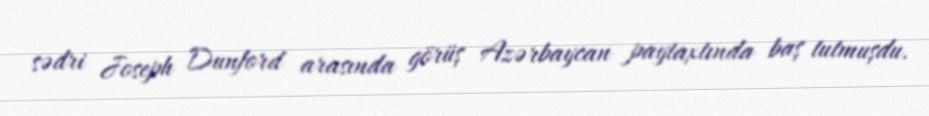
sədri Joseph Dunford arasında görüş Azərbaycan paytaxtında baş tutmuşdu.